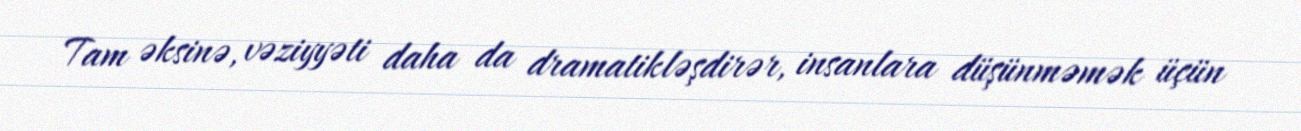
Tam əksinə, vəziyyəti daha da dramatikləşdirər, insanlara düşünməmək üçün